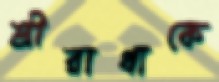
শ্রীরাধাকে